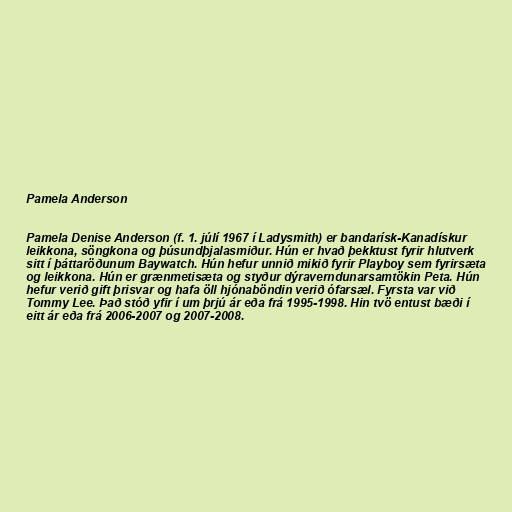
Pamela Anderson

Pamela Denise Anderson (f. 1. júlí 1967 í Ladysmith) er bandarísk-Kanadískur
leikkona, söngkona og þúsundþjalasmiður. Hún er hvað þekktust fyrir hlutverk
sitt í þáttaröðunum Baywatch. Hún hefur unnið mikið fyrir Playboy sem fyrirsæta
og leikkona. Hún er grænmetisæta og styður dýraverndunarsamtökin Peta. Hún
hefur verið gift þrisvar og hafa öll hjónaböndin verið ófarsæl. Fyrsta var við
Tommy Lee. Það stóð yfir í um þrjú ár eða frá 1995-1998. Hin tvö entust bæði í
eitt ár eða frá 2006-2007 og 2007-2008.